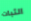
الثبات